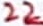
Text: 22